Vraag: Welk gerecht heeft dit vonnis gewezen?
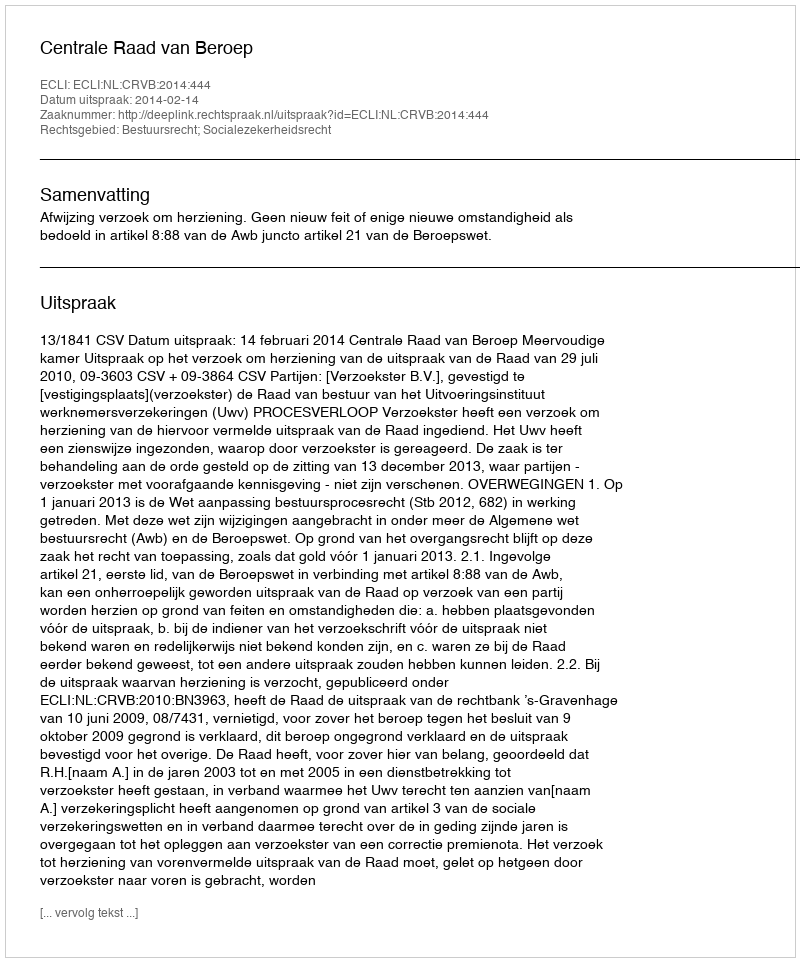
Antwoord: Centrale Raad van Beroep